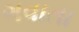
ગવાતા